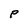
Character: P